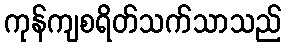
ကုန်ကျစရိတ်သက်သာသည်